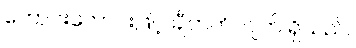
ကောင်းကောင်းဖြင့် ချီတက်လျက် ရှိသည်။